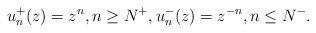
\begin{align*}u_n^+(z)=z^n, n\ge N^+, u_n^-(z)=z^{-n}, n\le N^-.\end{align*}